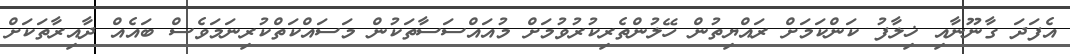
އެފަދަ ގާނޫނާއި ޚިލާފު ކަންކަމަށް ރައްޔިތުން ހޭލުންތެރިކުރުވުމަށް މުއައްސަސާތަކުން މަސައްކަތްކުރިނަމަވެސް ބައެއް ދާއިރާތަކަށް